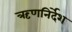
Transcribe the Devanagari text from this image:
ऋणनिर्देश